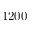
1 2 0 0